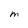
Character: M